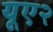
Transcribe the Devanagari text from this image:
यूए२